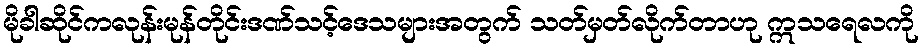
မိုခါဆိုင်ကလုန်းမုန်တိုင်းဒဏ်သင့်ဒေသများအတွက် သတ်မှတ်လိုက်တာဟု ဣသရေလကို